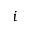
i